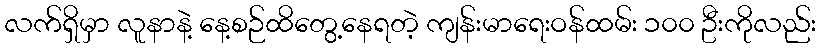
လက်ရှိမှာ လူနာနဲ့ နေ့စဉ်ထိတွေ့နေရတဲ့ ကျန်းမာရေးဝန်ထမ်း ၁၀၀ ဦးကိုလည်း